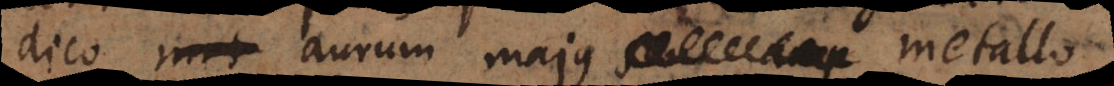
dico aurum majus metallo,